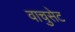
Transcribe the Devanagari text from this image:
वाचुसेट